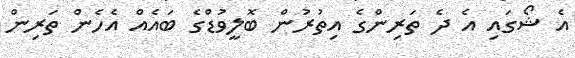
އެ ޝޯގައި އެ ދެ ތަރިންގެ އިތުރުން ބޮލީވުޑްގެ ބައެއް އެހެން ތަރިން